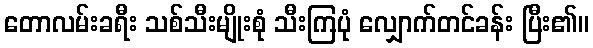
တောလမ်းခရီး သစ်သီးမျိုးစုံ သီးကြပုံ လျှောက်တင်ခန်း ပြီး၏။